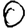
Digit: 0